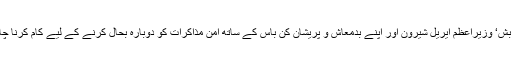
وہ صدر بش‘ وزیراعظم ایریل شیرون اور اپنے بدمعاش و پریشان کُن باس کے ساتھ امن مذاکرات کو دوبارہ بحال کرنے کے لیے کام کرنا چاہتے ہیں۔